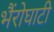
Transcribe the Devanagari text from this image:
भैंरोघाटी